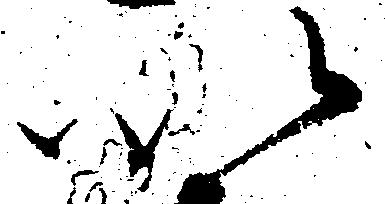
以